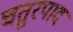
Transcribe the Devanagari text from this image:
चतुरपाद